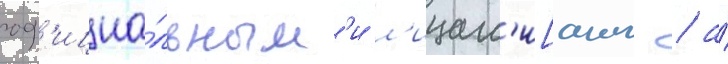
оф'ициа́льным'и л'ицам'и[англ. / а́